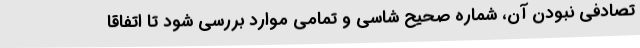
تصادفی نبودن آن، شماره صحیح شاسی و تمامی موارد بررسی شود تا اتفاقا